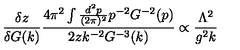
\frac { \delta z } { \delta G ( k ) } \frac { 4 \pi ^ { 2 } \int \frac { d ^ { 2 } p } { ( 2 \pi ) ^ { 2 } } p ^ { - 2 } G ^ { - 2 } ( p ) } { 2 z k ^ { - 2 } G ^ { - 3 } ( k ) } \propto \frac { \Lambda ^ { 2 } } { g ^ { 2 } k }